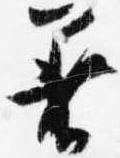
着